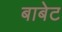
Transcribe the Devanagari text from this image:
बाबेट